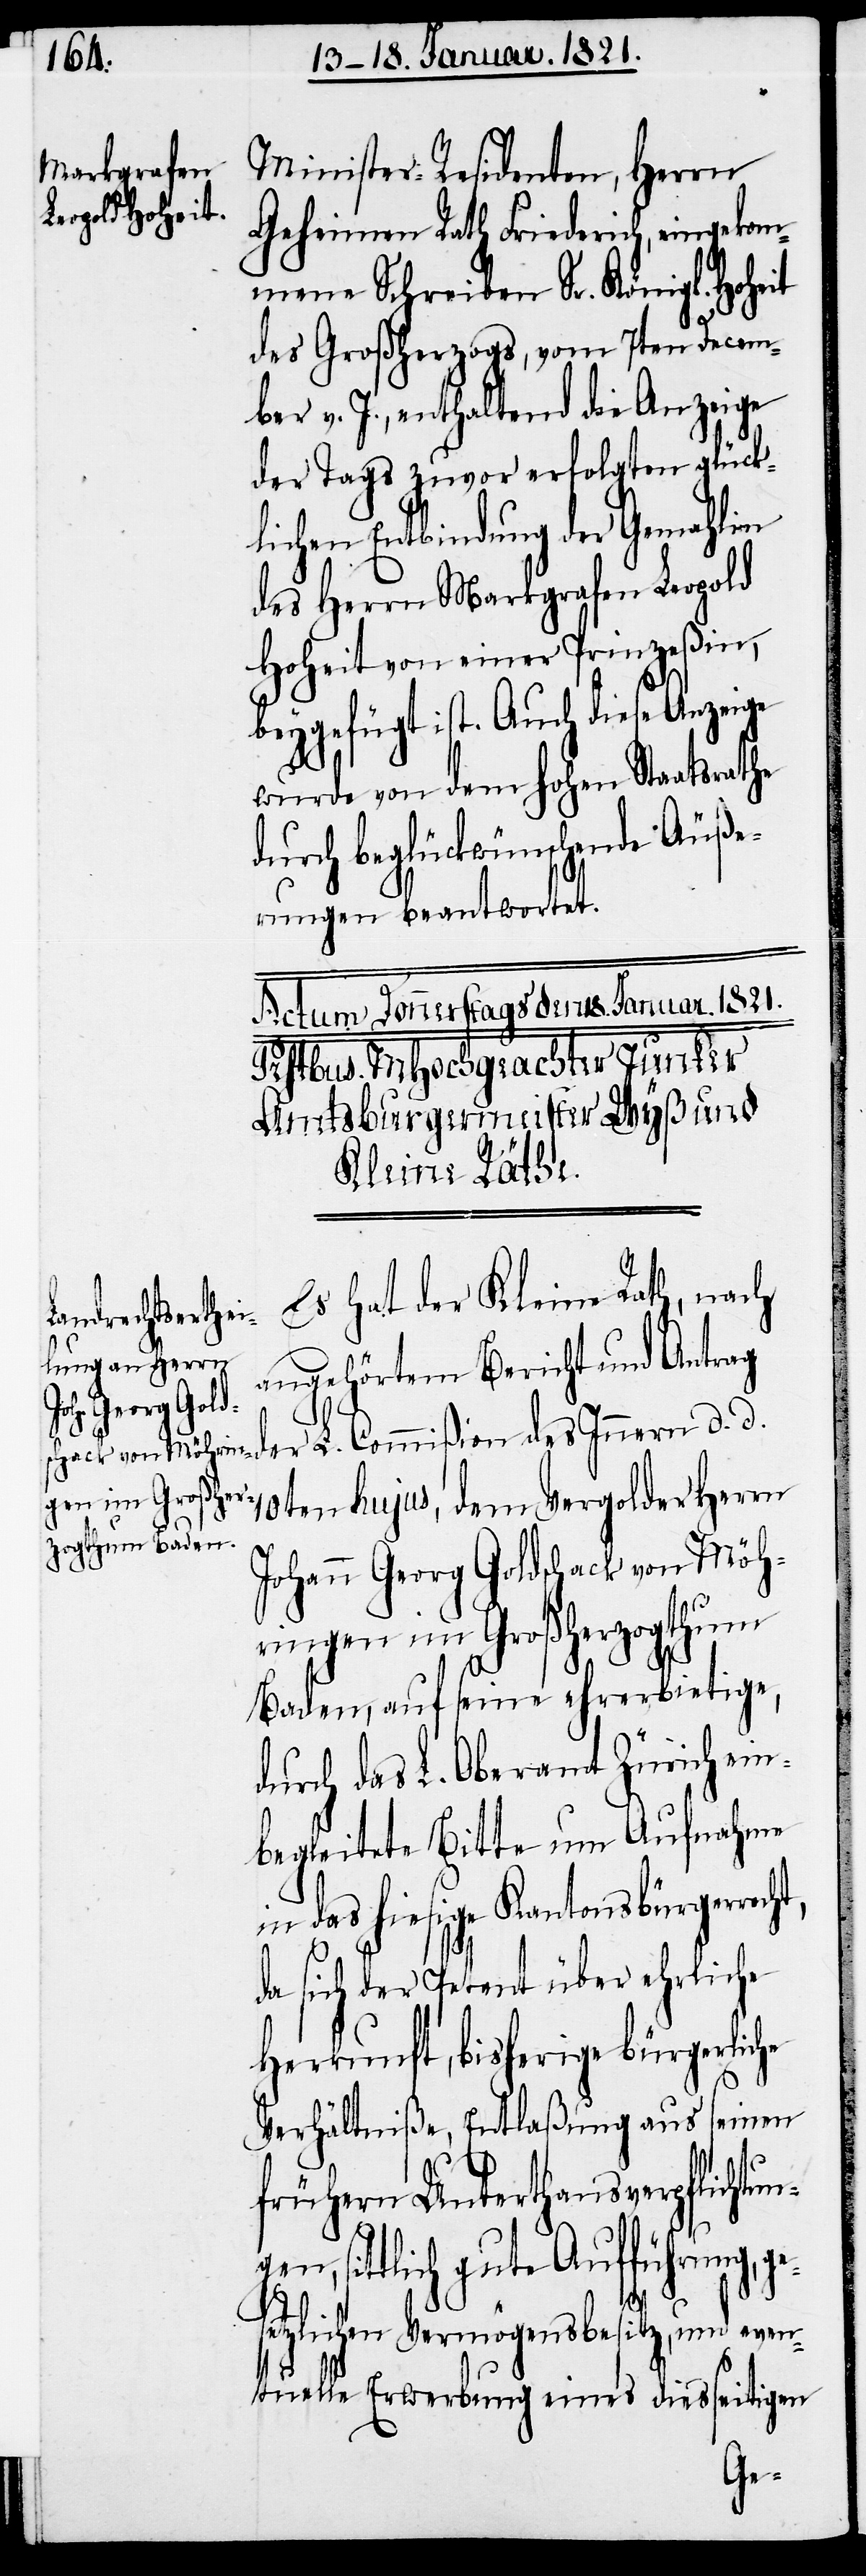
Minister-Residenten, Herrn
Geheimen Rath Friederich, eingekom¬
mene Schreiben Sr. Königl. Hoheit
des Großherzogs, vom 7ten Decem¬
ber v. J., enthaltend die Anzeige
der Tags zuvor erfolgten glück¬
lichen Entbindung der Gemahlin
des Herrn Markgrafen Leopold
Hoheit von einer Prinzeßin,
beygefügt ist. Auch diese Anzeige
wurde von dem hohen Staatsrathe
durch beglückwünschende Äuße¬
rungen beantwortet.
Es hat der Kleine Rath, nach
angehörtem Bericht und Antrag
der L. Commißion des Innern d. d.
10ten hujus, dem Vergolder Herrn
Johann Georg Goldschack von Möh¬
ringen im Großherzogthum
Baden, auf seine ehrerbietige,
durch das L. Oberamt Zürich ein¬
begleitete Bitte um Aufnahme
in das hiesige Kantonsbürgerrecht,
da sich der Petent über ehrliche
Herkunft, bisherige bürgerliche
Verhältniße, Entlaßung aus seinen
frühern Unterthansverpflichtun¬
n, sittlich gute Aufführung,
etzlichen Vermögensbesitz, und eve¬
ntuelle Erwerbung eines diesseitigen
ges¬